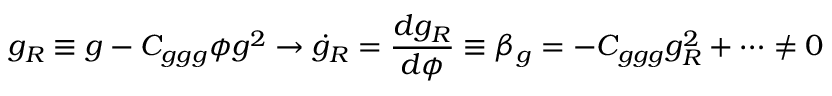
g _ { R } \equiv g - C _ { g g g } \phi g ^ { 2 } \to \dot { g } _ { R } = { \frac { d g _ { R } } { d \phi } } \equiv \beta _ { g } = - C _ { g g g } g _ { R } ^ { 2 } + \cdots \not = 0